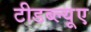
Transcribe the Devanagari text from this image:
टीडब्ल्यूए